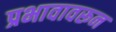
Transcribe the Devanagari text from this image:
प्रभावावरून